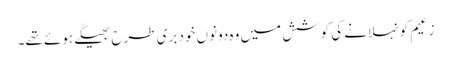
زعیم کو نہلانے کی کوشش میں وہ دونوں خود بری طرح بھیگے ہوئے تھے۔